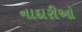
નાદારીઓ